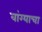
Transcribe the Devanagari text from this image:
वांग्याचा